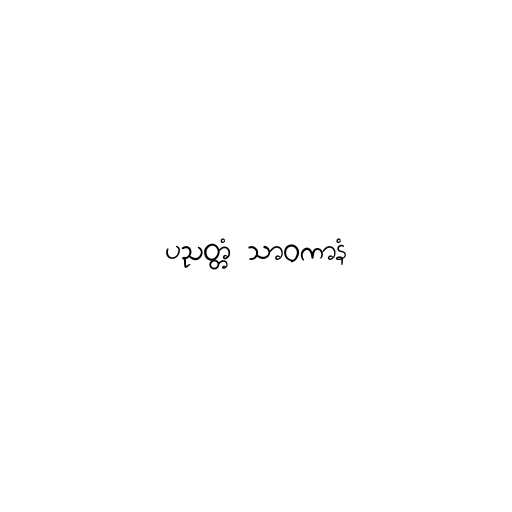
ပညတ္တံ သာဝကာနံ